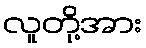
လူတို့အား